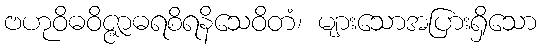
ဗဟုဝိဓဝိဇ္ဇာဓရစိရနိသေဝိတံ၊ များသောအပြားရှိသော